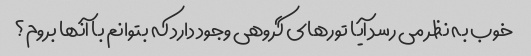
خوب به نظر می رسد آیا تورهای گروهی وجود دارد که بتوانم با آنها بروم؟